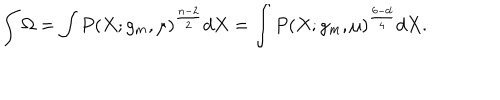
LaTeX: \int \Omega = \int P ( X ; g _ { m } , \mu ) ^ { \frac { n - 2 } { 2 } } d X = \int P ( X ; g _ { m } , \mu ) ^ { \frac { 6 - d } { 4 } } d X .